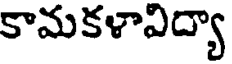
కామకళావిద్యా